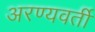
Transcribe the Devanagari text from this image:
अरण्यवर्ती